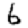
Digit: 6